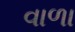
વાળા